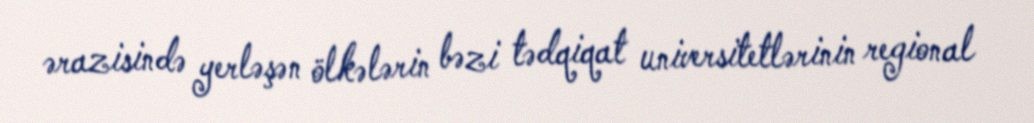
ərazisində yerləşən ölkələrin bəzi tədqiqat universitetlərinin regional